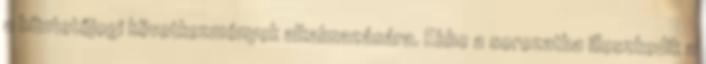
a büntetőjogi következmények alkalmazására. Ebbe a sorozatba illeszkedik a